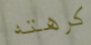
كرهته